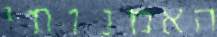
האמנותי